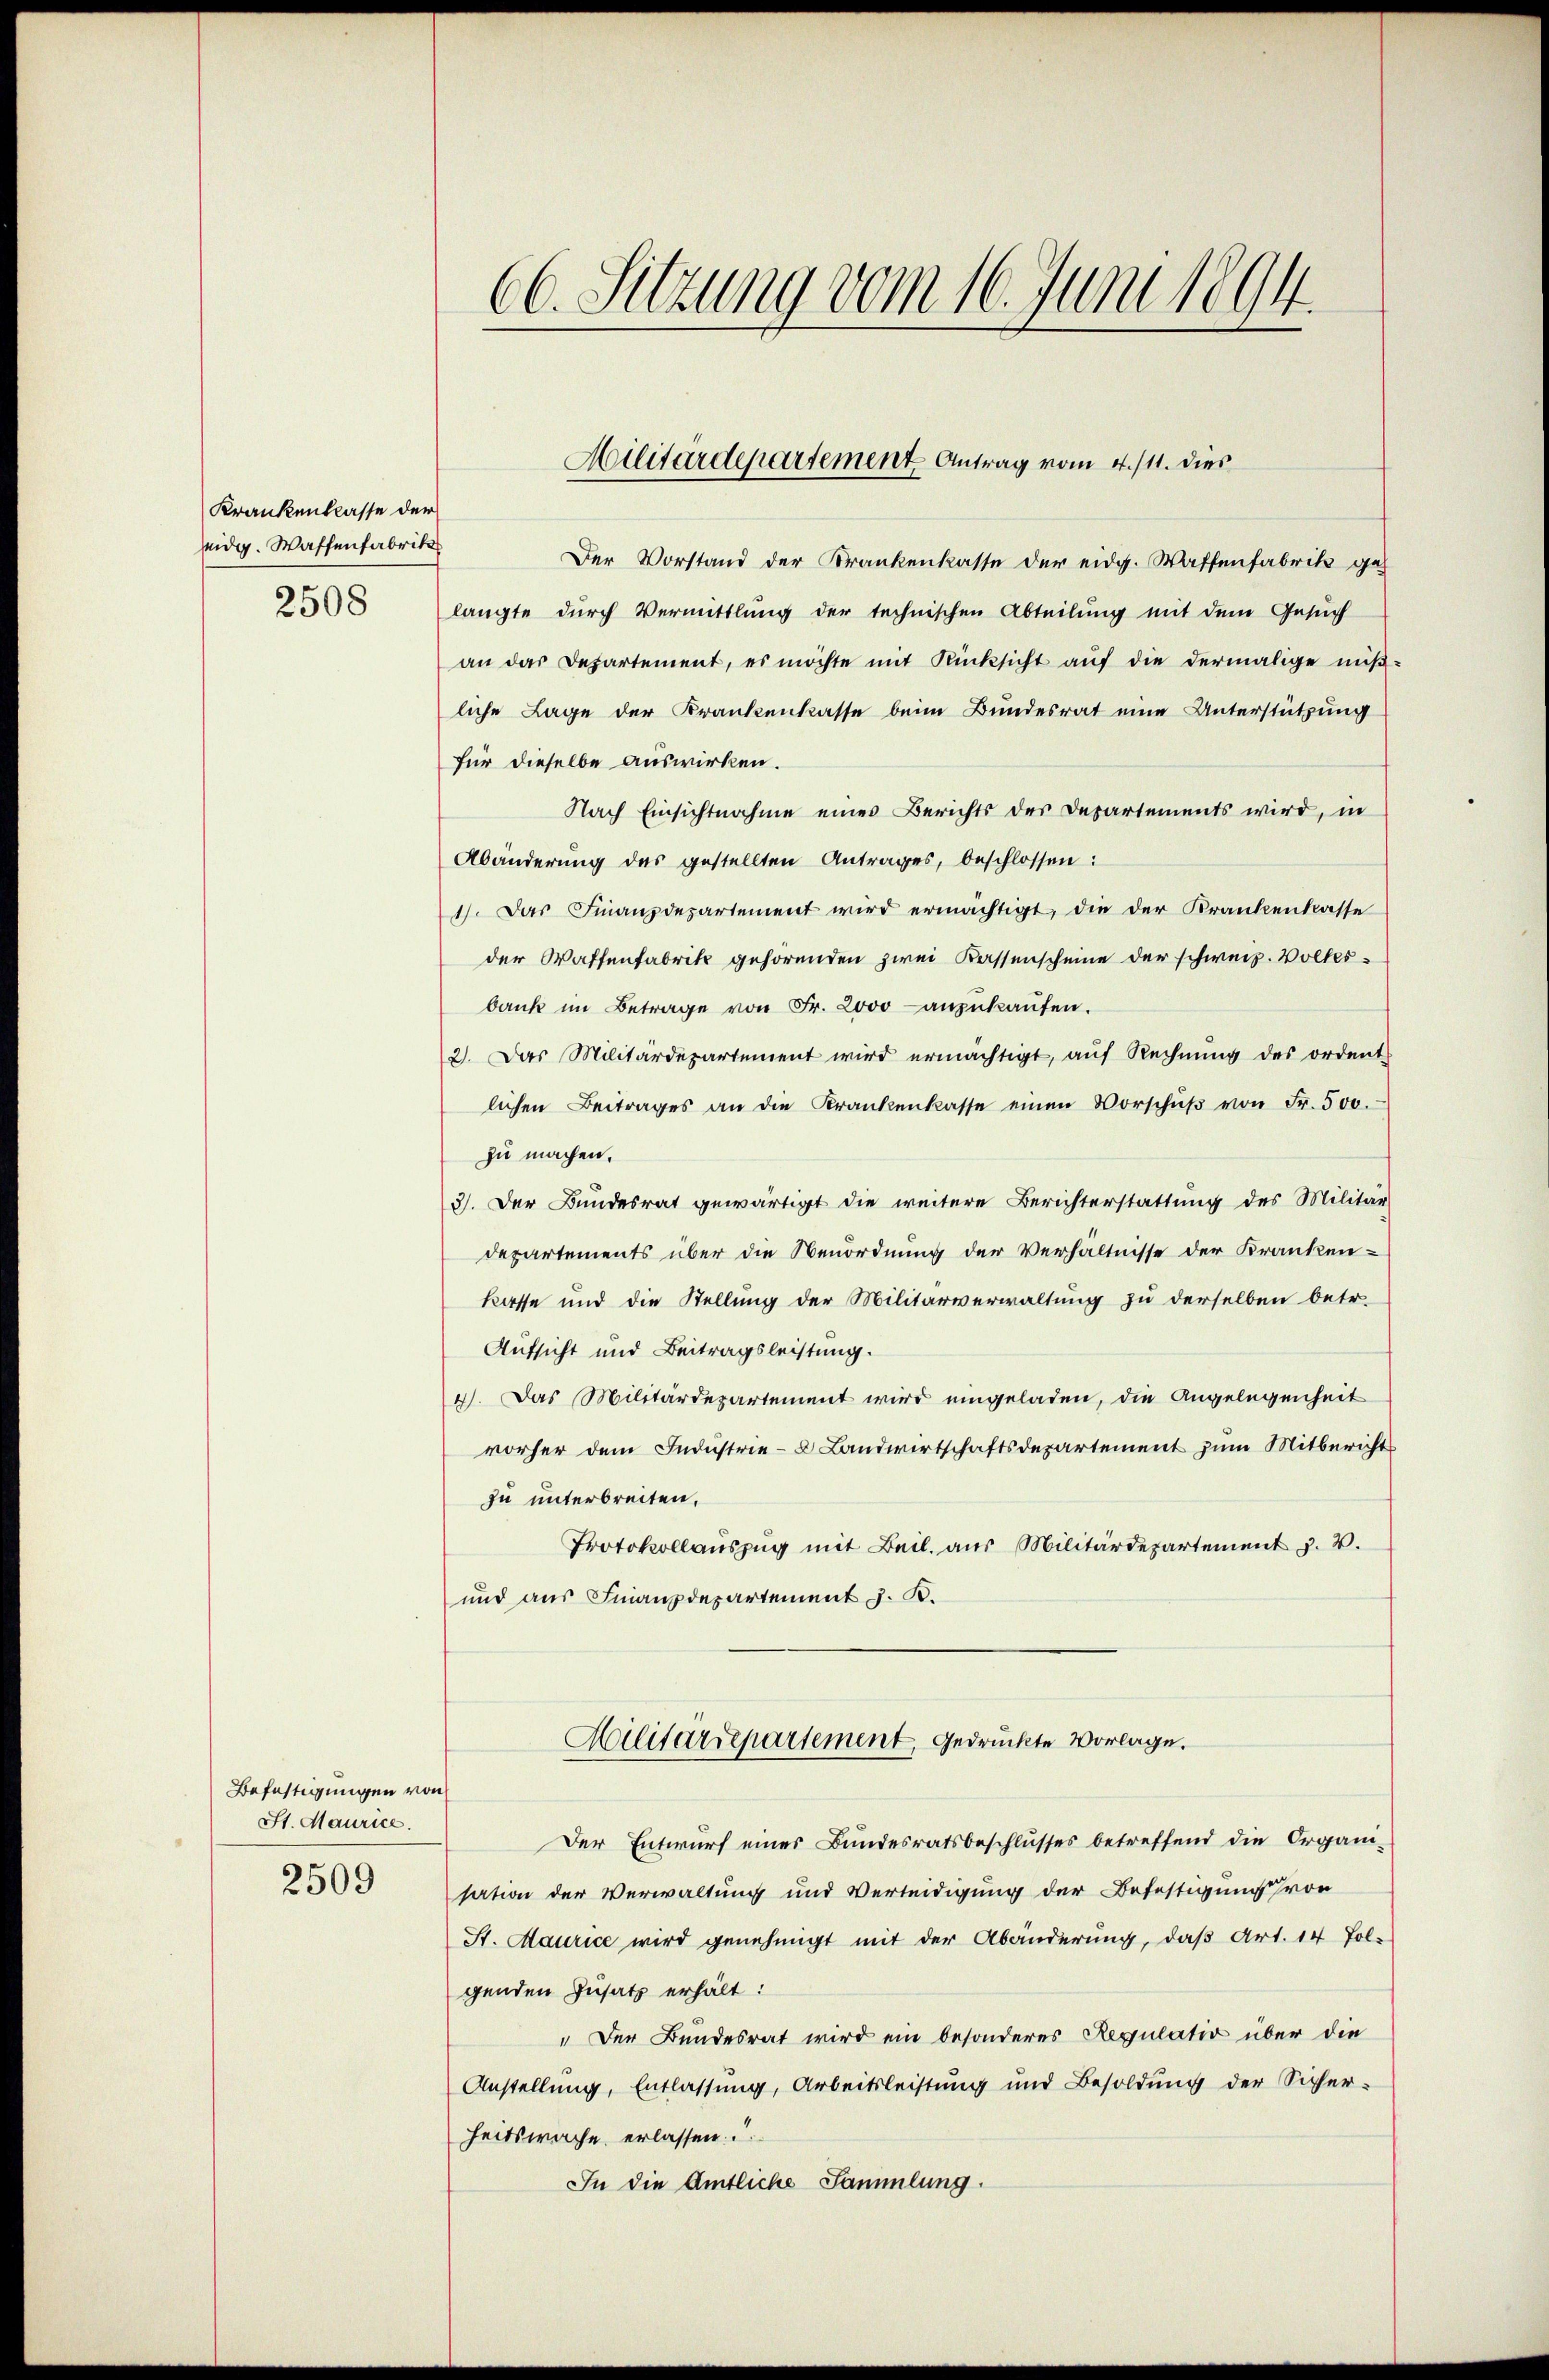
Krankenklasse der
eidg. Waffenfabriks
2508

Befestigungen von
St. Maurice.
2509

66. Sitzung vom 16. Juni 1894.

Der Vorstand der Krankenkasse der eidg. Waffenfabrik geh
langte durch Vermittlung der technischen Abteilung mit dem Gesuch
an das Departement, es möchte mit Rücksicht aŭf die dermalige miβ-
liche Lage der Krankenkasse beim Bundesrat eine Unterstützung
für dieselbe auswirken.
Nach Einsichtnahme eines Berichts des Departements wird, in
Abänderung des gestellten Antrages, beschlossen:
1). Das Finanzdepartement wird ermächtigt, die der Krankenkasse
der Waffenfabrik gehörenden zwei Kassenscheine der schweiz. Volksbank im Betrage von Fr. 2000 anzukaufen.
2. Das Militärdepartement wird ermächtigt, aŭf Rechnŭng des ordent
lichen Beitrages an die Krankenkasse einen Vorschŭβ von Fr. 500.
zu machen.
3). Der Bundesrat gewärtigt die weitere Berichterstattung des Militär
departements über die Neuordnung der Verhältnisse der Kranken-
kasse und die Stellung der Militärverwaltung zu derselben betr.
Aufsicht und Beitragsleistung.
4). Das Militärdepartement wird eingeladen, die Angelegenheit
vorher dem Industrie- Landwirtschaftsdepartement zum Mitbericht
zu unterbreiten.
Protokollauszug mit Beil. aus Militärdepartement u. 2.
und aus Finanzdepartement z. B.
Militärrepartement, gedruckte Vorlage.
Der Entwurf eines Bundesratsbeschlusses betreffend die Organi-
sation der Verwaltung und Verteidigung der Befestigung von
St. Maurice wird genehmigt mit der Abänderung, daß Art. 14 fol-
genden Zusatz erhält:
" Der Bundesrat wird ein besonderes Regulation über die
Anstellung, Entlassung, Arbeitsleistung und Besoldung der Sicher-
heitswache erlassen.
In die Amtliche Sammlung.

Militärdepartement Antrag vom 4./11. dies